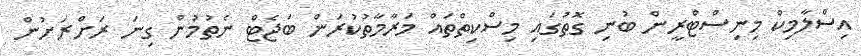
އިސްލާމިކް މިނިސްޓްރީން ބުނި ގޮތުގައި މިސްކިތްތައް މަރާމާތުކުރަން ބަޖެޓް ނެތުމުން ގިނަ ރަށްރަށުން